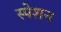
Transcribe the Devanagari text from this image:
स्पेशन